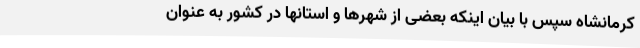
کرمانشاه سپس با بیان اینکه بعضی از شهرها و استانها در کشور به عنوان